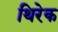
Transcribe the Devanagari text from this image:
थिरेक